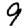
Digit: 9